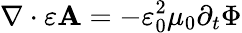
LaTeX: \nabla\cdot\varepsilon\mathbf{A}=-\varepsilon_{0}^{2}\mu_{0}\partial_{t}\Phi